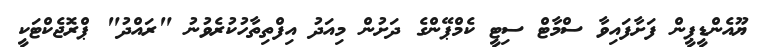
ޔޫއެންޑީޕީން ފަށާފައިވާ ސްމާޓް ސިޓީ ކެމްޕޭންގެ ދަށުން މިއަދު އިފްތިތާހުކުރެވުނު "ރައްދު" ޕްރޮޖެކްޓަކީ